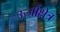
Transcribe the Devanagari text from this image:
ऊर्जाक्षेत्र